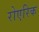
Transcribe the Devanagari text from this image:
रोएरिक